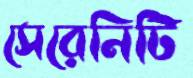
সেরেনিটি